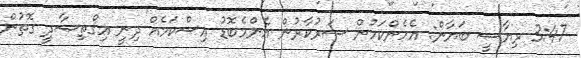
3:47 ރިޔާސީ ބަޔާން: އެހެންކަމުން ސަރުކާރުން އެންމެބޮޑު އިސްކަމެއް ދިނީ އިޤްތިޞާދީ ގޮތުން